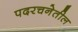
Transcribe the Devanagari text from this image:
पदरचनेतील